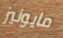
مايونيز